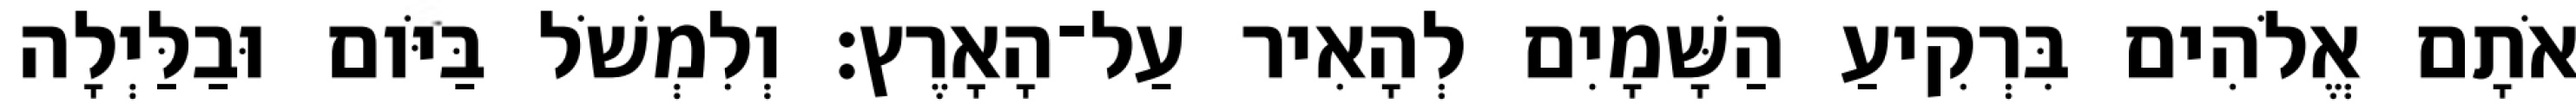
אֹתָם אֱלֹהִים בִּרְקִיעַ הַשָּׁמָיִם לְהָאִיר עַל־הָאָרֶץ׃ וְלִמְשֹׁל בַּיֹּום וּבַלַּיְלָה